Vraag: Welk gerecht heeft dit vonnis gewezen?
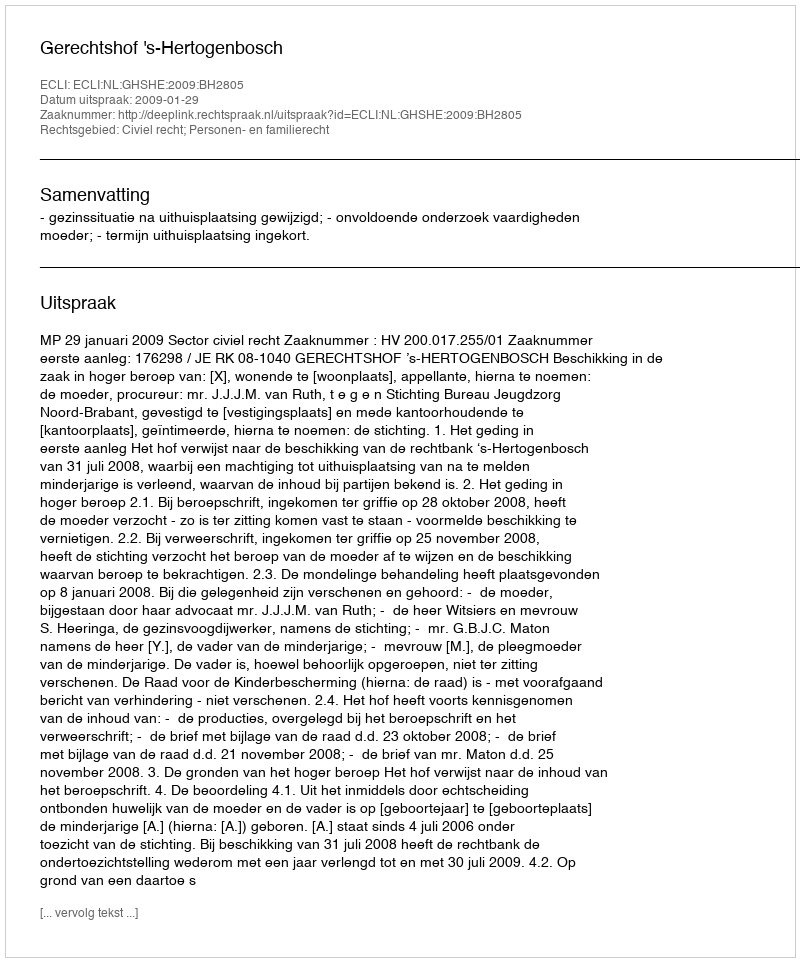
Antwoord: Gerechtshof 's-Hertogenbosch